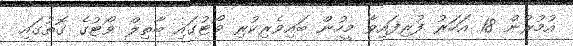
އުމުރުން 18 އަހަރު ފުރިފައިވާ މީހުން ބައިވެރިކުރި ވޯޓުގައި ބާތިލް ވޯޓުގެ ގޮތުގައި